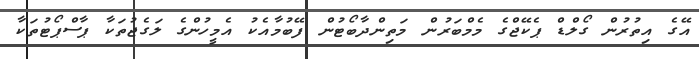
އޭގެ އިތުރުން ގޯލްޑް ޕެކޭޖްގެ މެމްބަރުން މަތިންދާބޯޓުން ފޭބުމާއެކު އެމީހުންގެ ލަގެޖުތަކާ ޕާސްޕޯޓުތަކާ